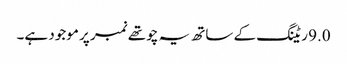
9.0 ریٹنگ کے ساتھ یہ چوتھے نمبر پر موجود ہے۔